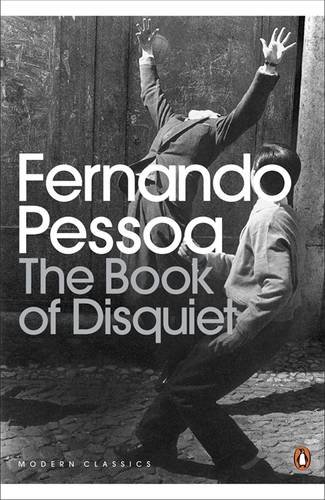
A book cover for The Book of Disquiet (Penguin Classics); Fernando Pessoa; Literature & Fiction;